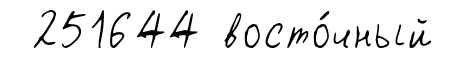
251644 восто́чный